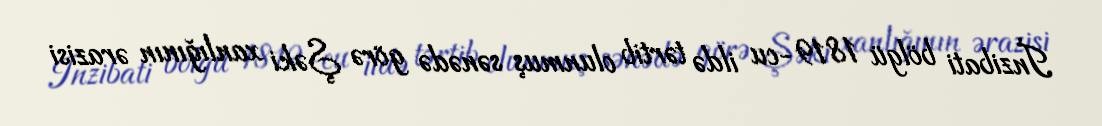
İnzibati bölgü 1819-cu ildə tərtib olunmuş sənədə görə Şəki xanlığının ərazisi